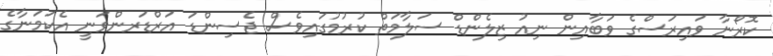
ކޮރޯނާ ވައިރަސްގެ ވަބާއިން ނިއު ޒިލެންޑް ސަލާމަތް ކުރުމުގައިވެސް ޖެސިންޑަ އަރްޑަރންވަނީ އެކަމަނާގެ